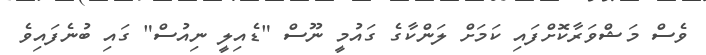
ވެސް މަޝްވަރާކޮށްފައި ކަމަށް ލަންކާގެ ގައުމީ ނޫސް "ޑެއިލީ ނިއުސް" ގައި ބުނެފައިވެ